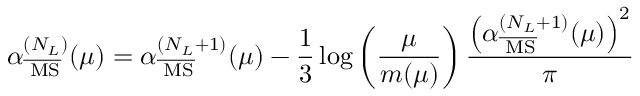
\alpha _ { \overline { { { \mathrm { \tiny ~ M S } } } } } ^ { ( N _ { L } ) } ( \mu ) = \alpha _ { \overline { { { \mathrm { \tiny ~ M S } } } } } ^ { ( N _ { L } + 1 ) } ( \mu ) - \frac { 1 } { 3 } \log \left( \frac { \mu } { m ( \mu ) } \right) \frac { \left( \alpha _ { \overline { { { \mathrm { \tiny ~ M S } } } } } ^ { ( N _ { L } + 1 ) } ( \mu ) \right) ^ { 2 } } { \pi }